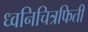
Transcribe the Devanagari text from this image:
ध्वनिचित्रफिती